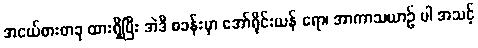
အငယ်စားတခု ထားရှိပြီး အဲဒီ စခန်းမှာ အော်ရိုင်းယန် ရော၊ အာကာသယာဉ် ပါ အသင့်